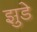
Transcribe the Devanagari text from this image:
झुडे